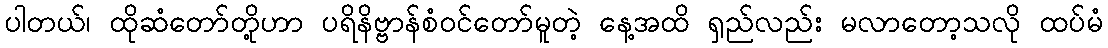
ပါတယ်၊ ထိုဆံတော်တို့ဟာ ပရိနိဗ္ဗာန်စံဝင်တော်မူတဲ့ နေ့အထိ ရှည်လည်း မလာတော့သလို ထပ်မံ